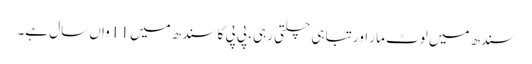
سندھ میں لوٹ مار اور تباہی چلتی رہی، پی پی کا سندھ میں 11 واں سال ہے۔